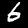
Digit: 6